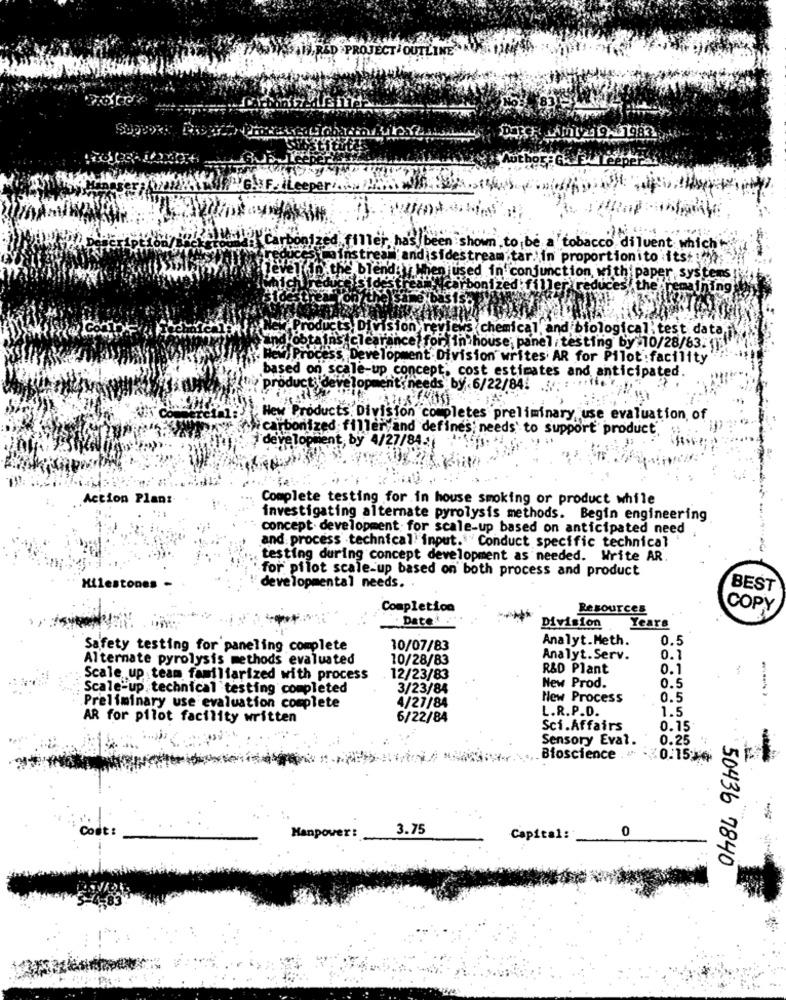
9.983
LIGNE. Leeper
:shown to be a tobacco diluent which
and sidestream tar. in proportionito its us
Havet in the blend:
used in conjunction with paper systems
ler' reduces the remaining
Products. Division reviews chemical, and biological' test datail
obtains (clearance? for In house; panel testing by 10/28/63. 7:
ocess, Development.Division writes AR for Pilot : facility
based on scale-up conce
cost estimates and anticipated.
nit' needs
product: develop
by:6/22/84!
New Products Division completes preliminary, use evaluation, of
"carbonized filler;and defines; needs' to support' product.
development, by 4/27/84.
Action Plans
Complete testing for in house smoking or product while
investigating alternate pyrolysis methods. Begin engineering
concept development for scale-up based on anticipated need
and process technical input."" Conduct specific technical '
testing during concept development as needed. Write AR
for pilot scale-up based on both process and product
Milestones
developmental needs. .
BEST
Completion
Resources
COPY
Date: .
Division
Years
Analyt.Meth.
0.5
Safety testing for paneling complete
10/07/83
Alternate pyrolysis methods evaluated
10/28/83
Analyt. Serv.
0.1
R&D Plant
0.1
.Scale up team familiarized with process
12/23/83
0.5
Scale-up technical testing completed
3/23/84
New Prod.
New Process
0.5
Preliminary use evaluation complete
4/27/84
L.R.P.D.
1.5
AR for pilot facility written
6/22/84
Sci.Affairs
0.15
Sensory Eval.
0.25
Bioscience 0.15
Cost :
3.75
0
Capital:
50436 7840